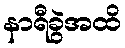
နာရီခွဲအထိ